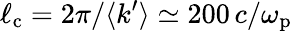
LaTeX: \ell_{\mathrm{c}}=2\pi/\langle k^{\prime}\rangle\simeq 200\, c/\omega_{\mathrm{p}}